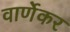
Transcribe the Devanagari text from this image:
वार्णेकर